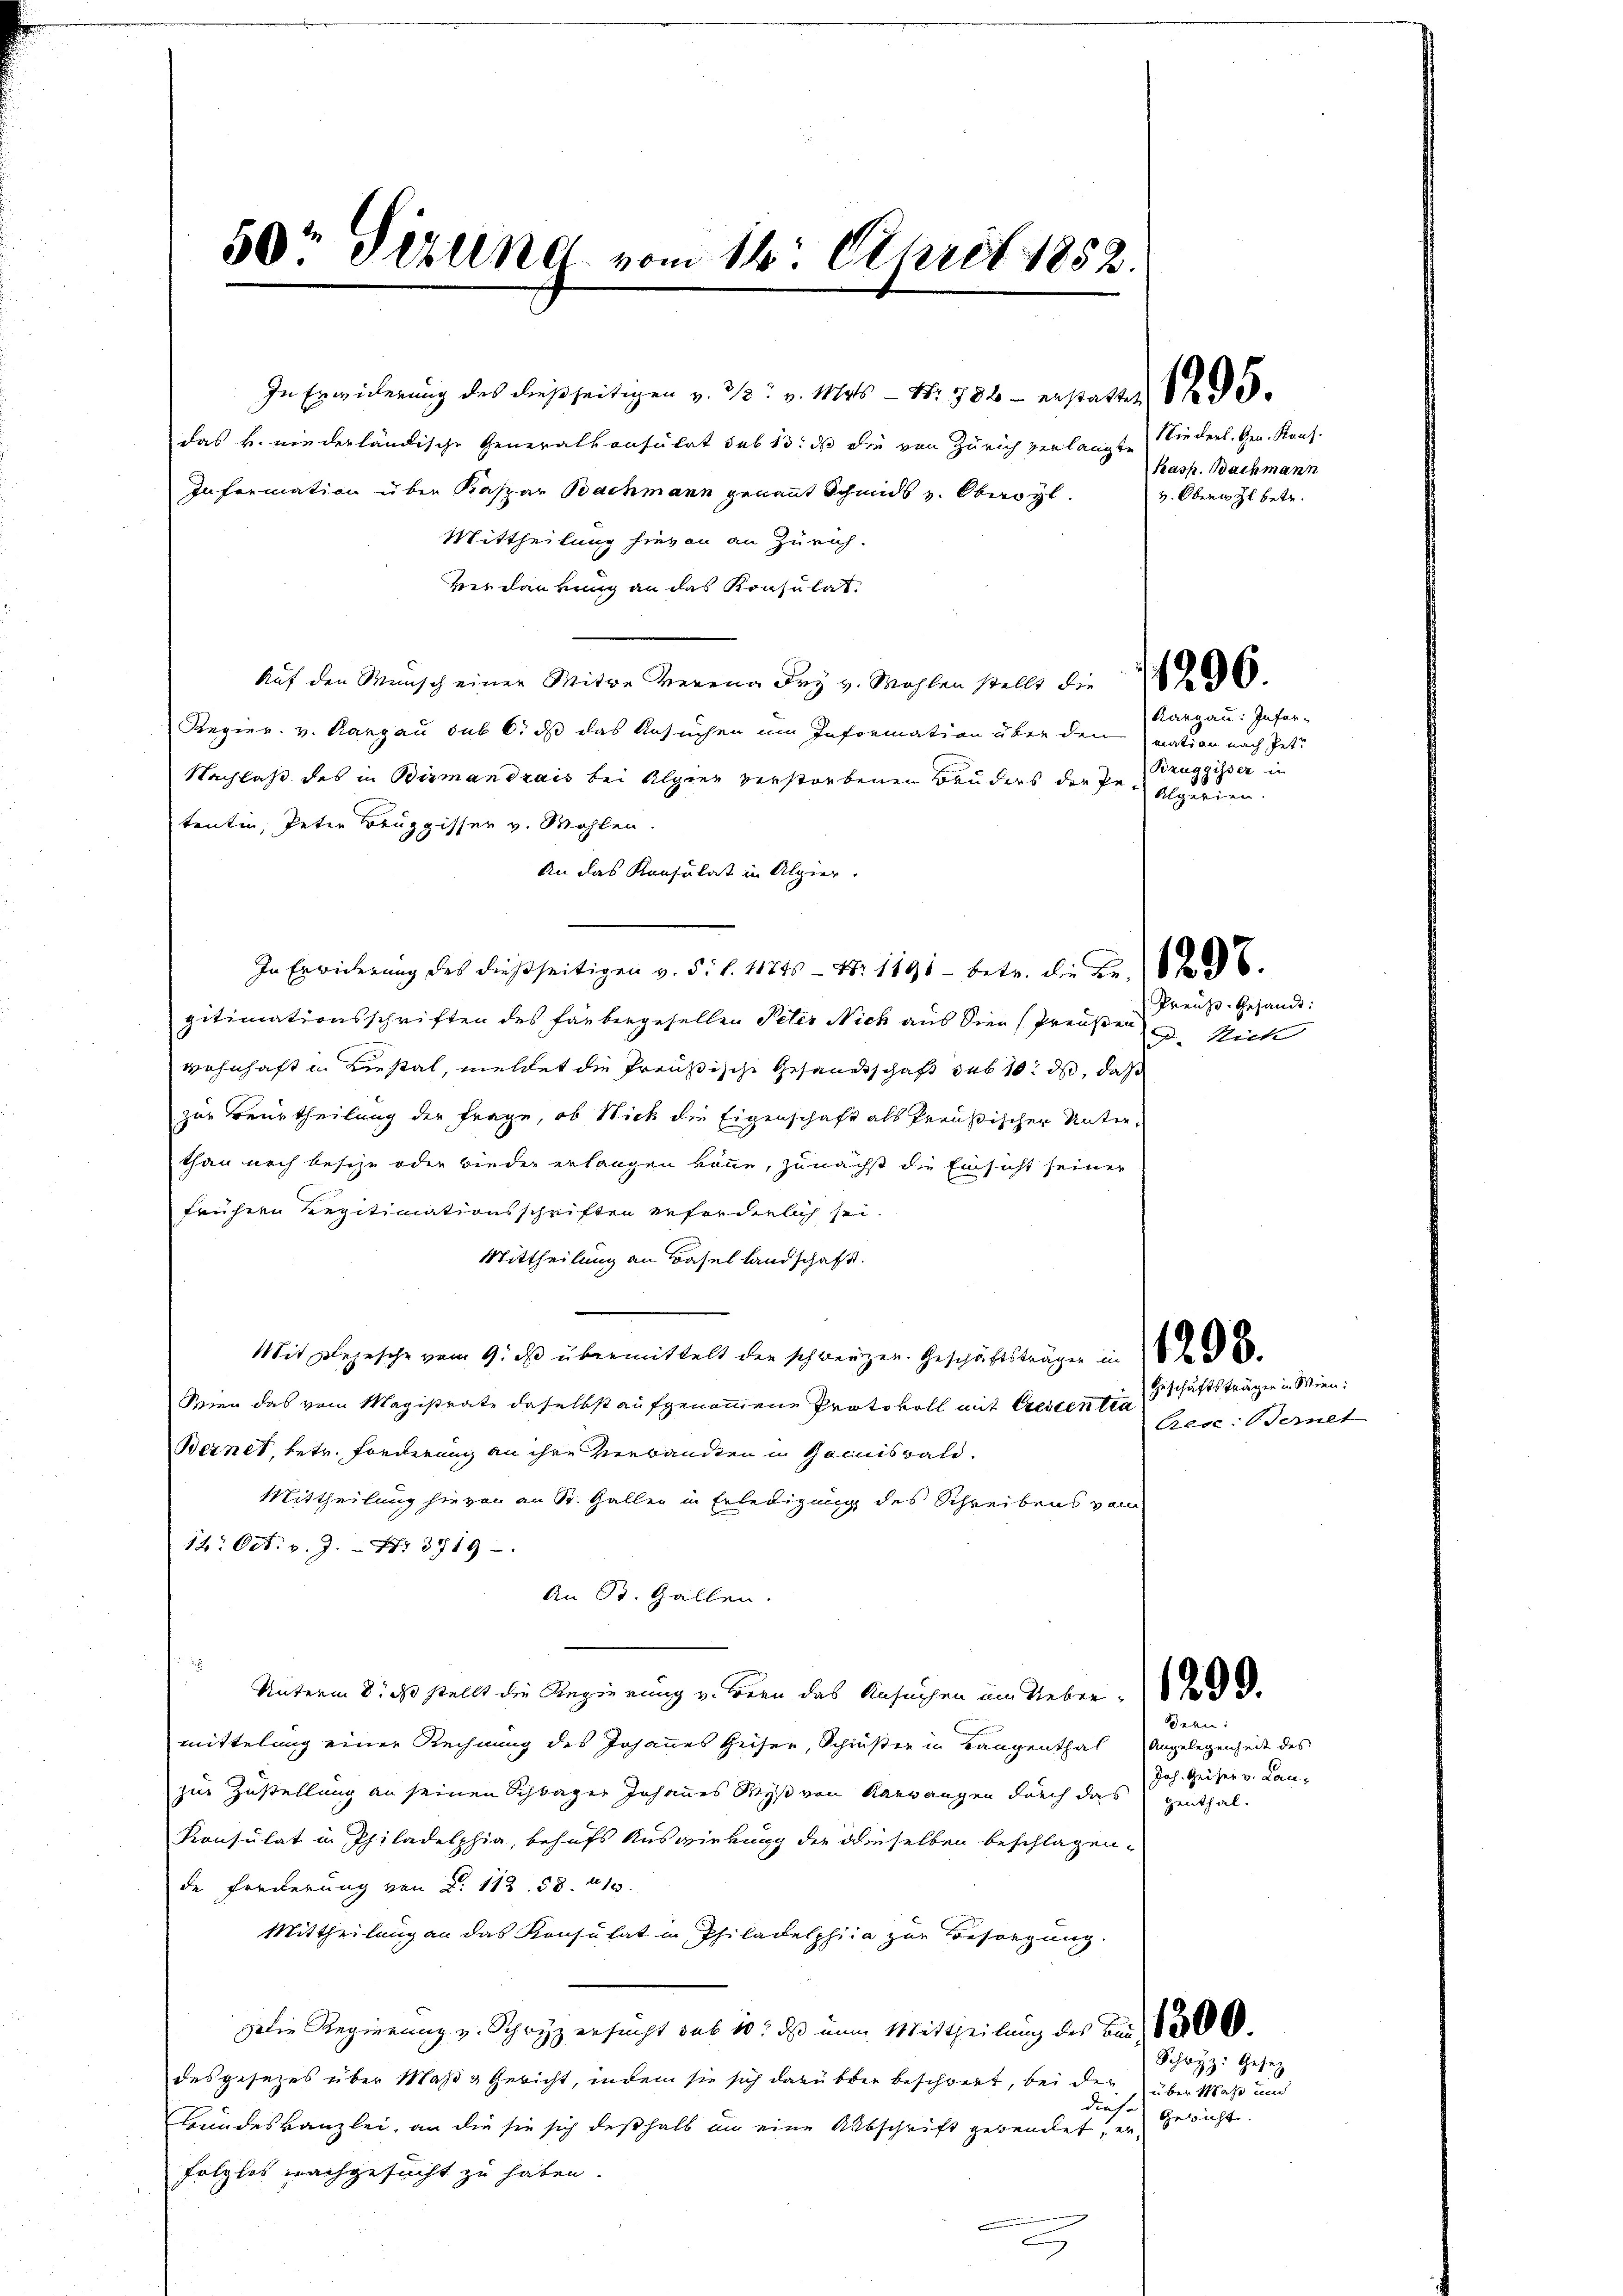
In Erwiederung des dießseitigen v. 313. v. 1145 — Nr. 788 - erstattet
das k. niederländische Generalkonsulat sub 15. ds die von Zürich verlangte
Information über Kaspar Bachmann genannt Schmids v. Oberwyl
Mittheilung hievon an Zürich.
Verdankung an das Konsulat.
Auf den Mensch einer Witwe Verena dry v. Wahlen stellt die 226.
Regier. v. Aargau sub 6. dß das Ansuchen im Information über den mation nach Pet¬
Nachlaß des in Birmandrais bei Alpier verstorbenen Bruders der Pe-Algerien.
tentin, Peter Beuggisser v. Wohlen.
An das Konsulat in Alpier.
In Erwiderung des dießseitigen v. 5. d. 11745 - N: 1191. betr. die Fr. 1836.
gitimationsschriften des Farbergesellen Peter Nick aus dien (Preußen
wohnhaft in Liestat, meldet die Preußische Gesandtschaft sub 10. ds, daß
zur Beurtheilung der Frage, ob Wick die Eigenschaft als Preußischer Unterthan noch besize oder wieder erlangen könne, zunächst die Einsicht seiner
frühern Regitimationsschriften erforderlich sei.
Mittheilung an Basel landschaft.
Mit Begesche vom 9. ds übermittelt der schwerzen. Geschäftsträger in 10 f 8
Wien das vom Magistrate daselbst aufgenommene Protokoll mit Crescentia
Bernet, betr. Forderung an ihre Verbandten in Gemiswald.
Mittheilung hievon an St. Gallen in Erledigung des Schreibens vom
12. Oct. v. J. Nr. 3719.
An St. Gallen.

Unterm 8. ds. stellt die Regierung v. Bern das Ansuchen im Ueber
mittelung einer Rechnung des Johannes Heiser, Schlüßen in Baugenthal Angelegenheit des
zur Zustellung an seinen Schlager Johannes Wyß von Karwangen durch das genthal¬
Konsulat in Philadelphia, behufs Auswirkung der dieselben beschlagen,
de Freuerung von §. 112. 58. 213.
Mittheilung an das Konsulat in Philadelphica zur Besorgung
Die Regierung v. Schwyz ersucht sub 10 das nun Mittheilung des Bund 100
desgesezes über Maßa Gericht, indem sie sich darüber beschwert, bei der über Maß und
diese
Bundeskanzlei, an die sie sich deßhalb um eine Abschrift gebendet, in Gericht
folglos nachgesucht zu haben.
2

50r Jerung vom 16. April 1852.

Niederl. Gen. Kauf.
Kasp. Bachmann
v. Oberwyl betr.

Kargau: Infor-
Bzuggisser in

Preuss. Gesandt:
. Nich

Geschäftsträgen in Wien:

Aese: alt

Bern

Joh. Geiser v. Lan-

Schwyz: Gesetz